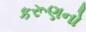
કરૂણનો